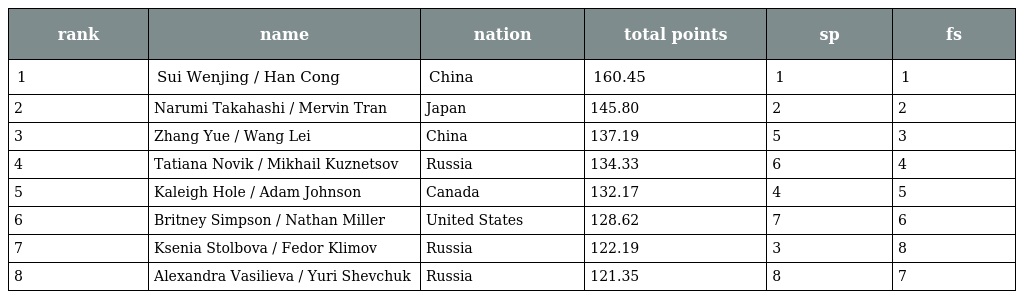
| rank | name | nation | total points | sp | fs |
 | --- | --- | --- | --- | --- | --- |
 | 1 | Sui Wenjing / Han Cong | China | 160.45 | 1 | 1 |
 | 2 | Narumi Takahashi / Mervin Tran | Japan | 145.80 | 2 | 2 |
 | 3 | Zhang Yue / Wang Lei | China | 137.19 | 5 | 3 |
 | 4 | Tatiana Novik / Mikhail Kuznetsov | Russia | 134.33 | 6 | 4 |
 | 5 | Kaleigh Hole / Adam Johnson | Canada | 132.17 | 4 | 5 |
 | 6 | Britney Simpson / Nathan Miller | United States | 128.62 | 7 | 6 |
 | 7 | Ksenia Stolbova / Fedor Klimov | Russia | 122.19 | 3 | 8 |
 | 8 | Alexandra Vasilieva / Yuri Shevchuk | Russia | 121.35 | 8 | 7 |